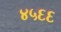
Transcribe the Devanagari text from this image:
४५६६